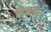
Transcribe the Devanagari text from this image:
तिन्नाकरा